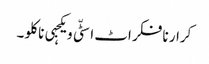
کرار نا فکر اٹ اسٹّی ویکجہی نا کلو ۔